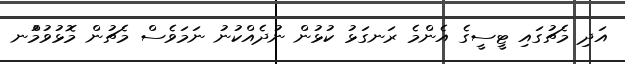
އަދި މެޗުގައި ޓީސީގެ އެންމެ ރަނގަޅު ކުޅުން ނުދެއްކުނު ނަމަވެސް މެޗުން މޮޅުވުމުްނ